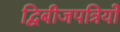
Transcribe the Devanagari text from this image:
द्विबीजपत्रियों